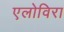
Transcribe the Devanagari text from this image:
एलोविरा